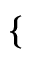
\begin{array} { r } { \left\{ \begin{array} { r l } \end{array} \right. } \end{array}